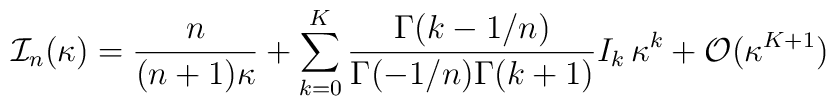
{\cal I}_{n}(\kappa) = {n\over (n+1)\kappa} + \sum_{k=0}^{K}{\Gamma(k-1/n)\over\Gamma(-1/n)\Gamma(k+1)} I_{k}\, \kappa^{k} + {\cal O}(\kappa^{K+1})